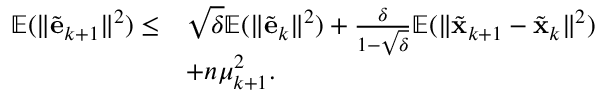
\begin{array} { r l } { \mathbb { E } ( \| \tilde { \mathbf { e } } _ { k + 1 } \| ^ { 2 } ) \leq } & { \sqrt { \delta } \mathbb { E } ( \| \tilde { \mathbf { e } } _ { k } \| ^ { 2 } ) + \frac { \delta } { 1 - \sqrt { \delta } } \mathbb { E } ( \| \tilde { \mathbf { x } } _ { k + 1 } - \tilde { \mathbf { x } } _ { k } \| ^ { 2 } ) } \\ & { + n \mu _ { k + 1 } ^ { 2 } . } \end{array}